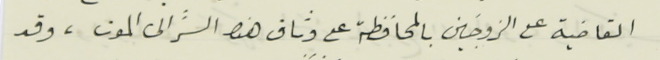
القاضية على الزوجَين بالمحافظة على وثاق هذا السَّر الى الموت، وقد